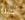
أصيلة